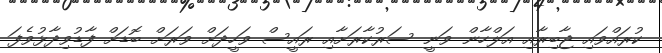
ކުރައްވައި ޖާބިރާއި އަލްހާން ވަނީ ސަރުކާރަށާއި ރައީސް ވަހީދަށް ވަރަށް ބޮޑަށް ފާޑުވިދާޅުވެފަ